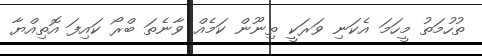
ތުހުމަތު މީހަމަ އެކަނި ވަރަކީ ތިނޫން ކަމެެއް ވާނެތަ ބްރޯ ކައިފަ އޮތިއްޔާ